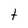
Character: e